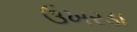
ઉખરડા